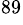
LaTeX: ^{89}